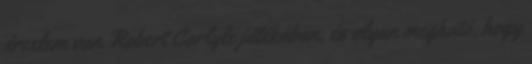
érzelem van Robert Carlyle játékában, és olyan megható, hogy